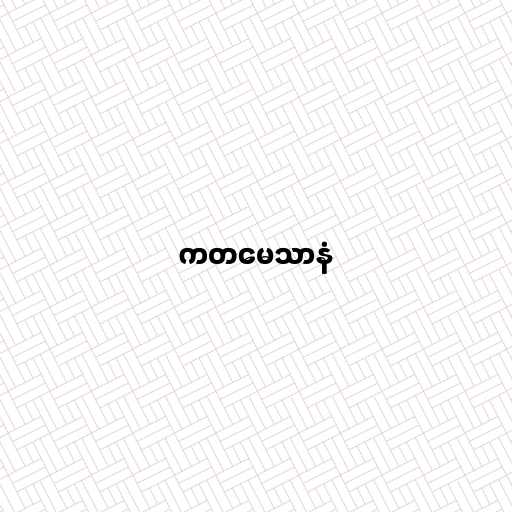
ကတမေသာနံ